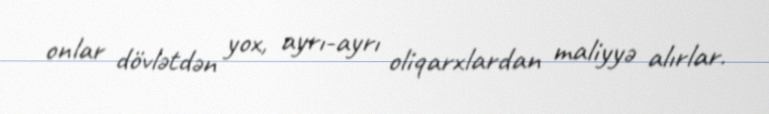
onlar dövlətdən yox, ayrı-ayrı oliqarxlardan maliyyə alırlar.